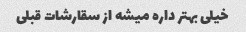
خیلی بهتر داره میشه از سقارشات قبلی